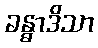
ခန္ဓာဒိသာ